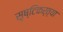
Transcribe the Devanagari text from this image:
सृष्टिकर्त्या